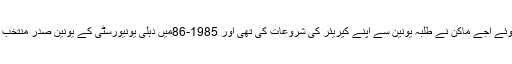
1964میں پیدا ہوئے اجے ماکن نے طلبہ یونین سے اپنے کیریئر کی شروعات کی تھی اور 1985-86میں دہلی یونیورسٹی کے یونین صدر منتخب کئے گئے تھے۔